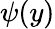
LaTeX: \psi(y)